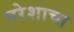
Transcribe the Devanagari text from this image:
नरेशाचा